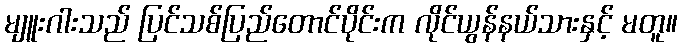
မျူးဂါးသည် ပြင်သစ်ပြည်တောင်ပိုင်းက လိုင်ယွန်နယ်သားနှင့် မတူ။